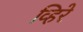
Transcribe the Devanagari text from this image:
व्हिरे